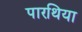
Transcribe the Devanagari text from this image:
पारथिया